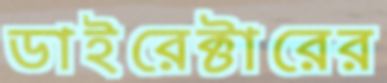
ডাইরেক্টারের